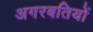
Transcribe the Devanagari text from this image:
अगरबतियों